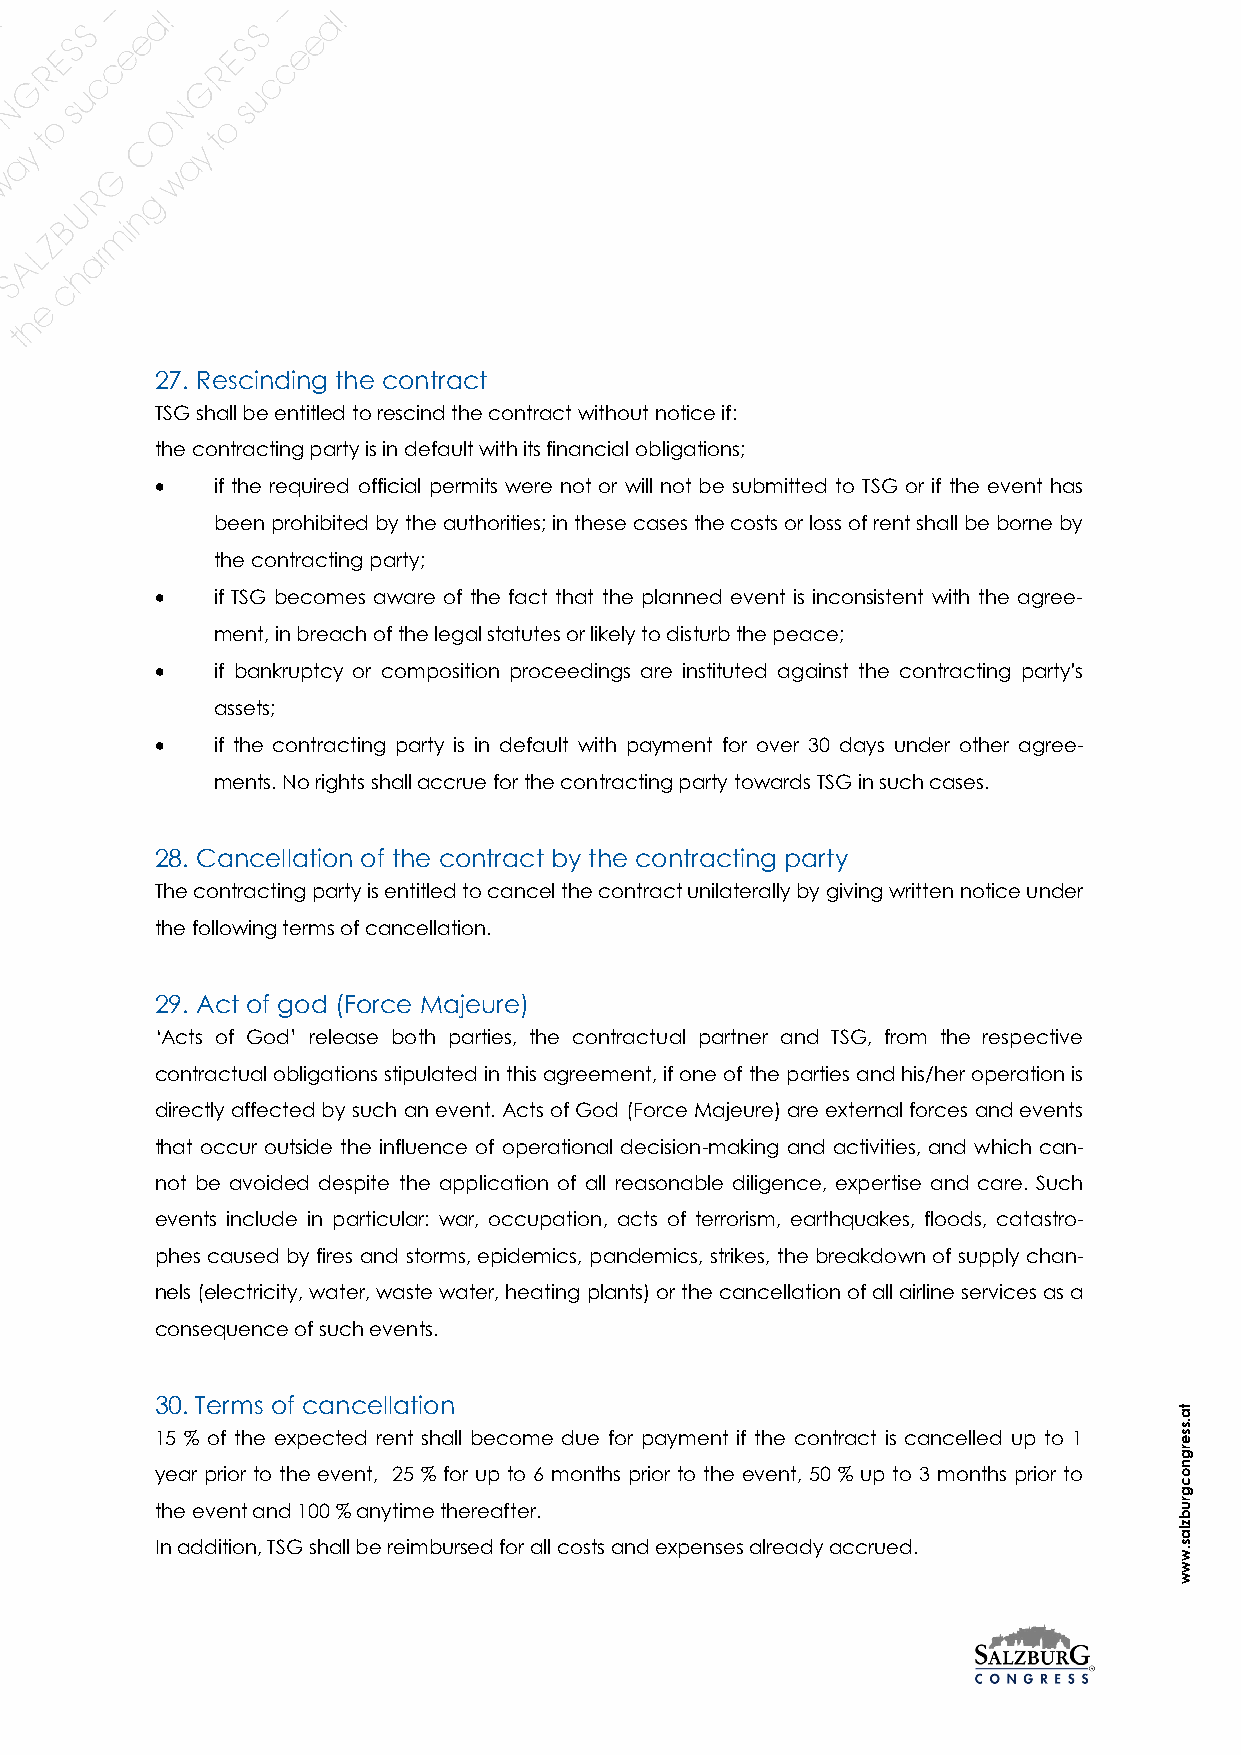
27. Rescinding the contract
 TSG shall be entitled to rescind the contract without notice if:
 the contracting party is in default with its financial obligations;
 •   if the required official permits were not or will not be submitted to TSG or if the event has
 been prohibited by the authorities; in these cases the costs or loss of rent shall be borne by
 the contracting party;
 •   if TSG becomes aware of the fact that the planned event is inconsistent with the agree-
 ment, in breach of the legal statutes or likely to disturb the peace;
 •   if bankruptcy or composition proceedings are instituted against the contracting party's
 assets;
 •   if the contracting party is in default with payment for over 30 days under other agree-
 ments. No rights shall accrue for the contracting party towards TSG in such cases.
 28. Cancellation of the contract by the contracting party
 The contracting party is entitled to cancel the contract unilaterally by giving written notice under
 the following terms of cancellation.
 29. Act of god (Force Majeure)
 ‘Acts of God’ release both parties, the contractual partner and TSG, from the respective
 contractual obligations stipulated in this agreement, if one of the parties and his/her operation is
 directly affected by such an event. Acts of God (Force Majeure) are external forces and events
 that occur outside the influence of operational decision-making and activities, and which can-
 not be avoided despite the application of all reasonable diligence, expertise and care. Such
 events include in particular: war, occupation, acts of terrorism, earthquakes, floods, catastro-
 phes caused by fires and storms, epidemics, pandemics, strikes, the breakdown of supply chan-
 nels (electricity, water, waste water, heating plants) or the cancellation of all airline services as a
 consequence of such events.
 30. Terms of cancellation
 ta
 .s
 15 % of the expected rent shall become due for payment if the contract is cancelled up to 1 s e
 rg
 n
 year prior to the event, 25 % for up to 6 months prior to the event, 50 % up to 3 months prior to o
 c
 g
 the event and 100 % anytime thereafter.
 ru
 b
 z
 la
 In addition, TSG shall be reimbursed for all costs and expenses already accrued. s
 .w
 w
 w